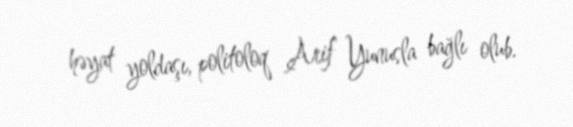
həyat yoldaşı, politoloq Arif Yunusla bağlı olub.